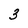
Character: 3